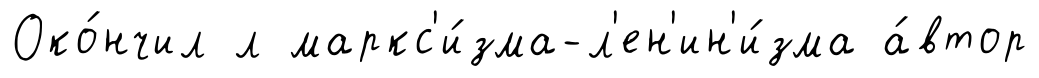
Око́нчил л маркс'и́зма-л'ен'ин'и́зма а́втор